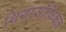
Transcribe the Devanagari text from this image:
थियासॉफिकल